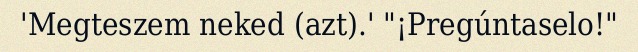
'Megteszem neked (azt).' "¡Pregúntaselo!"